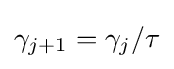
\gamma _{j+1}=\gamma _{j}/\tau